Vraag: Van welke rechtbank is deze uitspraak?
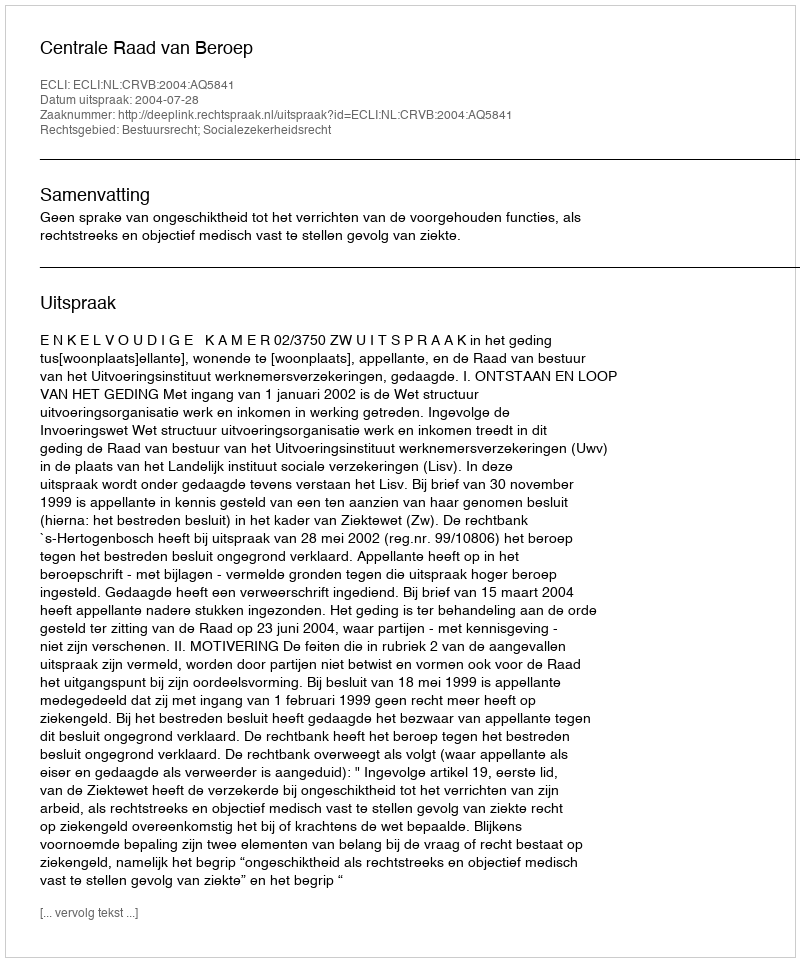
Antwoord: Centrale Raad van Beroep